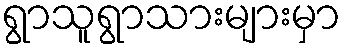
ရွာသူရွာသားများမှာ